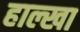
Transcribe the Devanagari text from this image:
हाल्खा